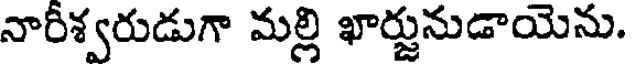
నారీశ్వరుడుగా మల్లి ఖార్జునుడాయెను.